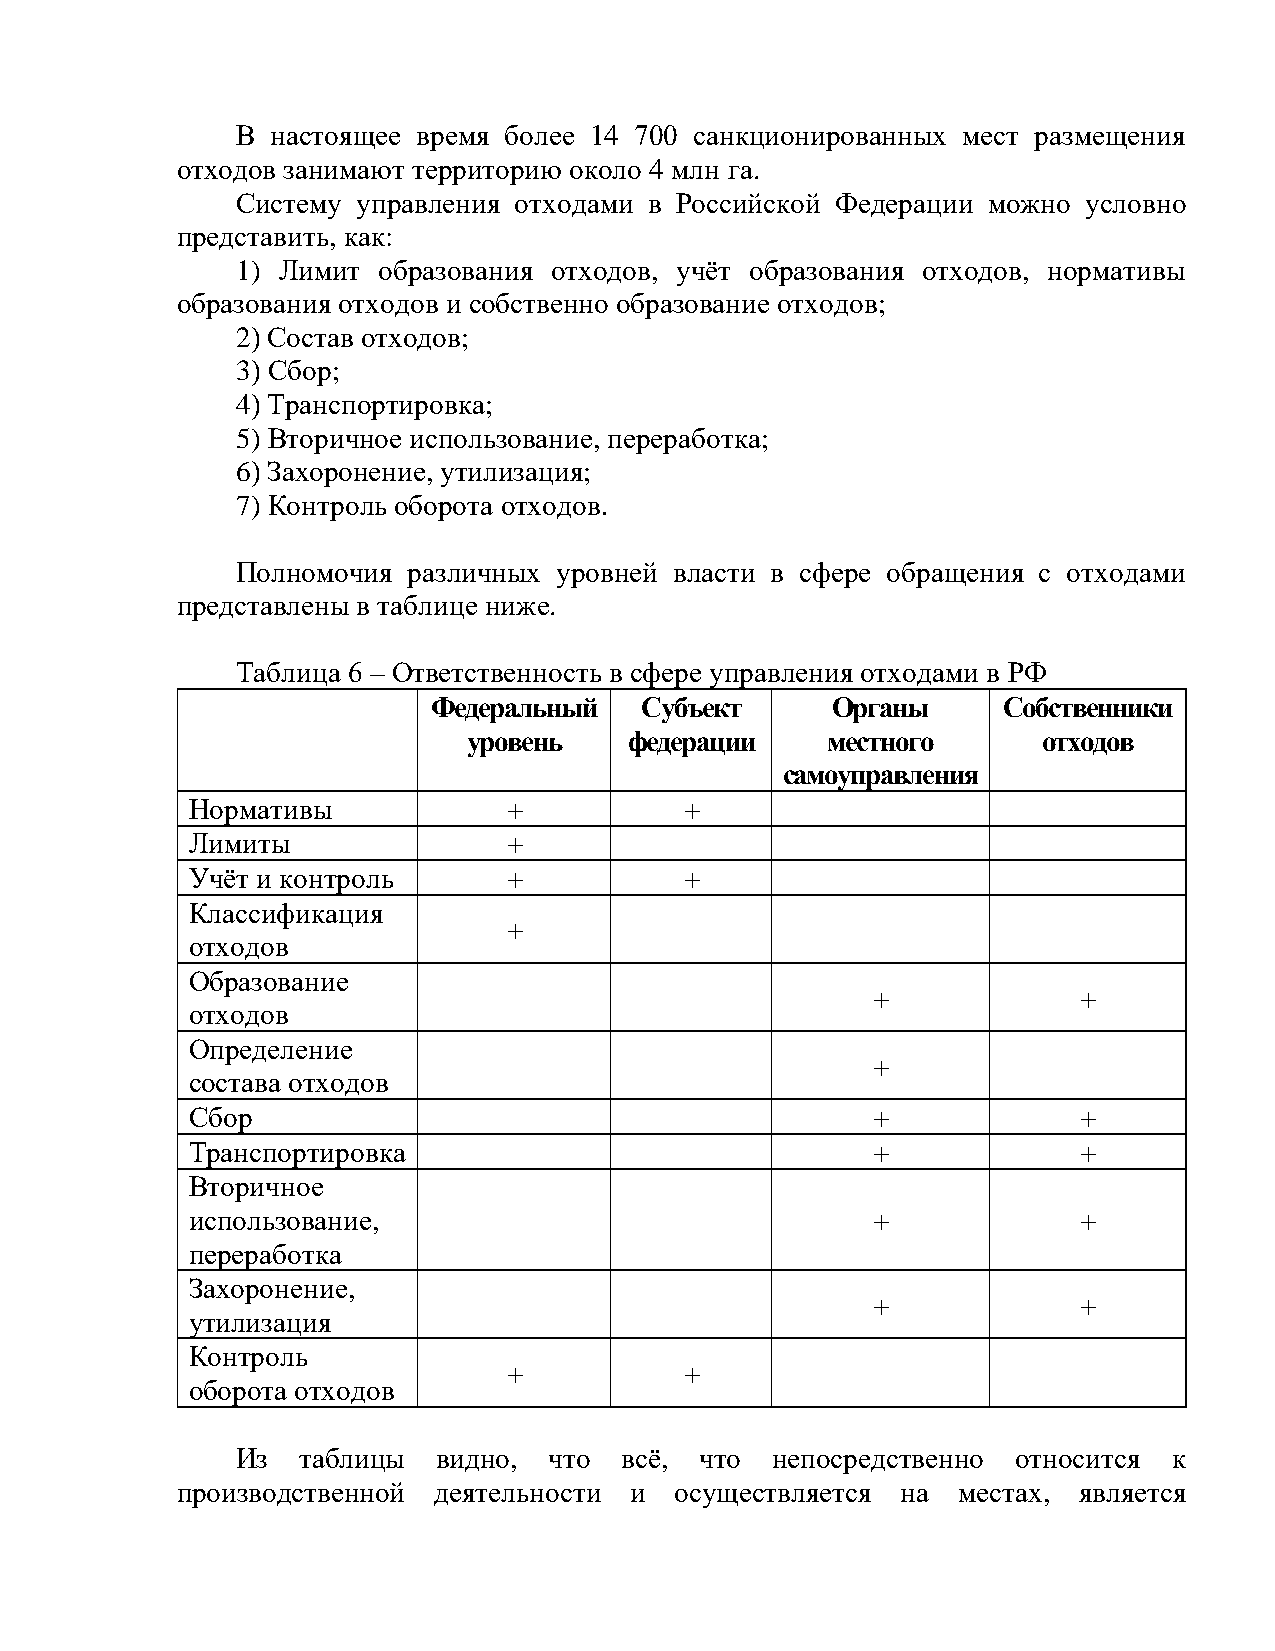
В настоящее время более 14 700 санкционированных мест размещения
 отходов занимают территорию около 4 млн га.
 Систему управления отходами в Российской Федерации можно условно
 представить, как:
 1) Лимит образования отходов, учёт образования отходов, нормативы
 образования отходов и собственно образование отходов;
 2) Состав отходов;
 3) Сбор;
 4) Транспортировка;
 5) Вторичное использование, переработка;
 6) Захоронение, утилизация;
 7) Контроль оборота отходов.
 Полномочия различных уровней власти в сфере обращения с отходами
 представлены в таблице ниже.
 Таблица 6 – Ответственность в сфере управления отходами в РФ
 Федеральный  Субъект      Органы     Собственники
 уровень    федерации    местного      отходов
 самоуправления
 Нормативы            +          +
 Лимиты               +
 Учёт и контроль      +          +
 Классификация
 +
 отходов
 Образование
 +             +
 отходов
 Определение
 +
 состава отходов
 Сбор                                         +             +
 Транспортировка                              +             +
 Вторичное
 использование,                               +             +
 переработка
 Захоронение,
 +             +
 утилизация
 Контроль
 +          +
 оборота отходов
 Из  таблицы  видно, что  всё, что  непосредственно относится  к
 производственной деятельности и  осуществляется на местах, является